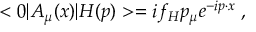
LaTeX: < 0 | A _ { \mu } ( x ) | H ( p ) > = i f _ { H } p _ { \mu } e ^ { - i p \cdot x } \; ,